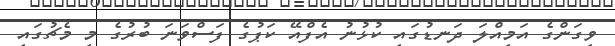
ވިގަންގެ އަމިއްލަ ދަނޑުގައި ކުޅުނު އެފްއޭ ކަޕުގެ ފަސްވަނަ ބުރުގެ މި މެޗުގައި